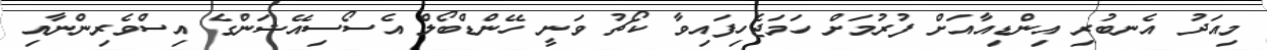
މިއަދު އެނބުރި އިންޑިއާއަށް ފުރުމަށް ހަމަޖެހިފައިވާ ކޯޗު ވަނީ ހޭންޑްބޯލް އެސޯސިއޭޝަންގެ އިސްވެރިންނާއި